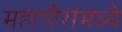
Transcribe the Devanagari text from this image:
महापौरांमध्ये